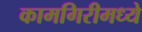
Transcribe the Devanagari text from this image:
कामगिरीमध्ये